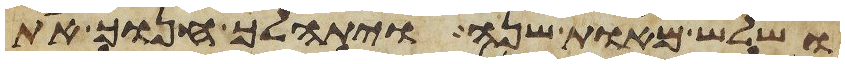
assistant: ושלש מאות שנה ויתהלך חנוך את